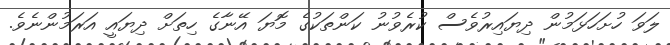
ލަވަ ހުށަހަޅަމުން ދިޔައިރުވެސް ކުރެވުނު ކަންތަކުގެ މޮޔަ އޭނާގެ ހިތަށް ދިޔައީ އަރަމުންނެވެ.